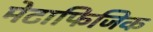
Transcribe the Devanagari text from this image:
मेटाफिजिक